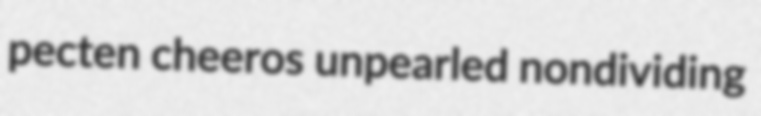
pecten cheeros unpearled nondividing